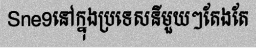
Sne9នៅក្នុងប្រទេសនីមួយៗតែងតែ